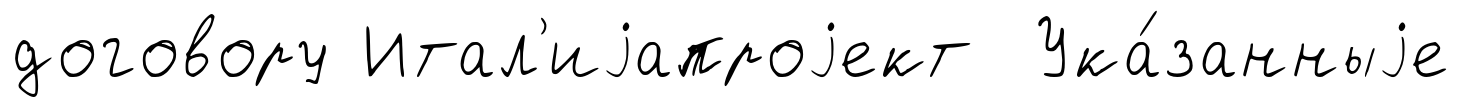
договору Итал'иjапроjект Ука́занныjе